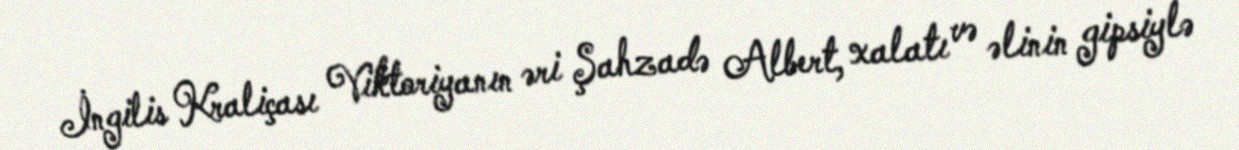
İngilis Kraliçası Viktoriyanın əri Şahzadə Albert, xalatı və əlinin gipsiylə